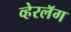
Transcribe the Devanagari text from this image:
व्हेरलॅग